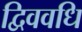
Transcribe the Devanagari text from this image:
द्विववधि